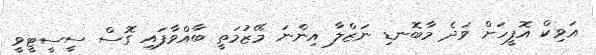
އަވިކް އޮފީހަށް ވަދެ މާބޮނޑި ނަޒްލާ އިންނަ މޭޒުމަތީ ބާއްވާފައި ގޮސް ސީސީޓީވީ